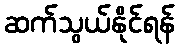
ဆက်သွယ်နိုင်ရန်